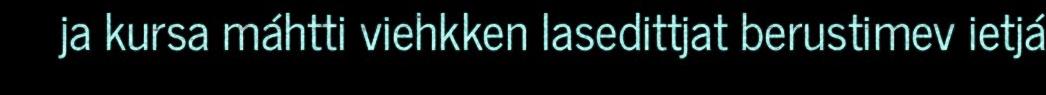
ja kursa máhtti viehkken lasedittjat berustimev ietjá